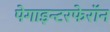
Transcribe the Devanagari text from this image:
पेगाइन्टरफेरॉन